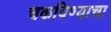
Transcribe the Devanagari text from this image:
चकविण्याचा